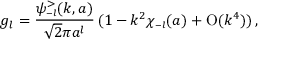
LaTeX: g _ { l } = \frac { \psi _ { \scriptscriptstyle { - l } } ^ { > } ( k , a ) } { \sqrt 2 \pi a ^ { l } } \, ( 1 - k ^ { 2 } \chi _ { \scriptscriptstyle { - l } } ( a ) + \mathrm { O } ( k ^ { 4 } ) ) \, ,